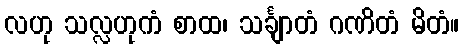
လဟု သလ္လဟုကံ စာထ၊ သင်္ချာတံ ဂဏိတံ မိတံ။